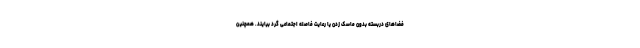
فضاهای دربسته بدون ماسک زدن یا رعایت فاصله اجتماعی گرد بیایند. همچنین